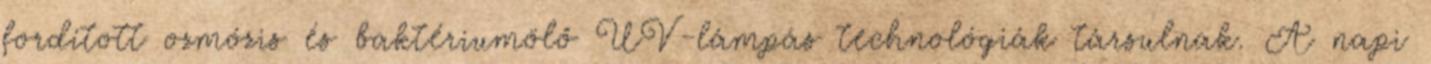
fordított ozmózis és baktériumölő UV-lámpás technológiák társulnak. A napi